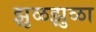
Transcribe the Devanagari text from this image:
झुळझुळा